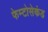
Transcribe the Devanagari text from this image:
फेम्टोसेकंड